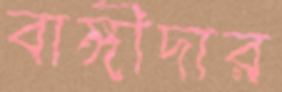
বাঙ্গীদার